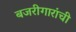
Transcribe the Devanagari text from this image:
बजरीगारांची